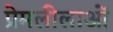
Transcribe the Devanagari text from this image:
प्रेमलीलाओं